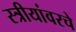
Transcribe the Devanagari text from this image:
स्त्रीयांवरचे